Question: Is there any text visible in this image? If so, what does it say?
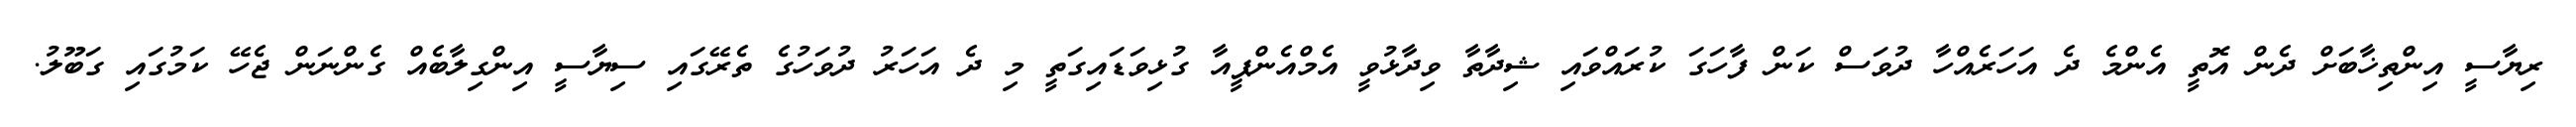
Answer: ރިޔާސީ އިންތިޚާބަށް ދެން އޮތީ އެންމެ ދެ އަހަރެއްހާ ދުވަސް ކަން ފާހަގަ ކުރައްވައި ޝިދާތާ ވިދާޅުވީ އެމްއެންޕީއާ ގުޅިވަޑައިގަތީ މި ދެ އަހަރު ދުވަހުގެ ތެރޭގައި ސިޔާސީ އިންގިލާބެއް ގެންނަން ޖެހޭ ކަމުގައި ގަބޫލު.